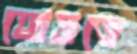
ঘোষতে